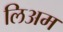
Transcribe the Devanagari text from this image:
लिअम